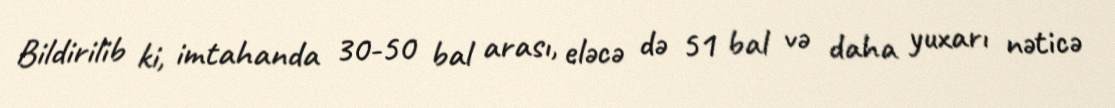
Bildirilib ki, imtahanda 30-50 bal arası, eləcə də 51 bal və daha yuxarı nəticə